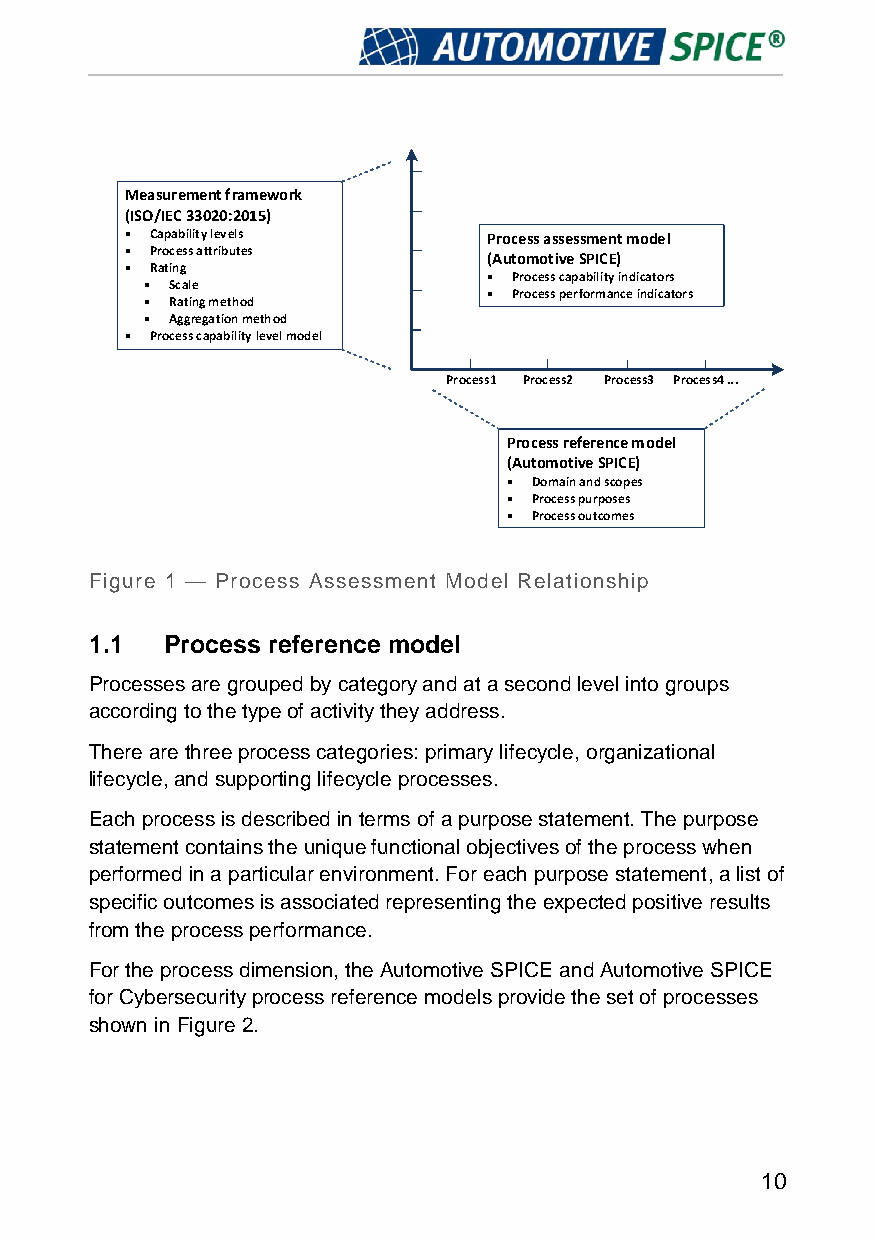
Measurement framework
 (ISO/IEC 33020:2015)
 • Capability levels     Process assessment model
 • Process attributes    (Automotive SPICE)
 • Rating
 • Process capability indicators
 • Scale
 • Process performance indicators
 • Rating method
 • Aggregation method
 • Process capability level model
 Process1 Process2 Process3 Process4 ...
 Process reference model
 (Automotive SPICE)
 • Domain and scopes
 • Process purposes
 • Process outcomes
 Figure 1 — Process Assessment Model Relationship
 1.1  Process reference model
 Processes are grouped by category and at a second level into groups
 according to the type of activity they address.
 There are three process categories: primary lifecycle, organizational
 lifecycle, and supporting lifecycle processes.
 Each process is described in terms of a purpose statement. The purpose
 statement contains the unique functional objectives of the process when
 performed in a particular environment. For each purpose statement, a list of
 specific outcomes is associated representing the expected positive results
 from the process performance.
 For the process dimension, the Automotive SPICE and Automotive SPICE
 for Cybersecurity process reference models provide the set of processes
 shown in Figure 2.
 10